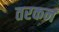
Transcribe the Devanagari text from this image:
तरकन